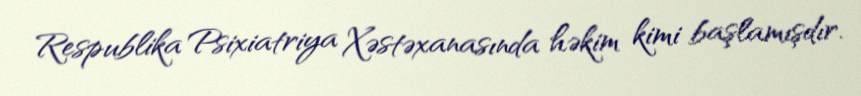
Respublika Psixiatriya Xəstəxanasında həkim kimi başlamışdır.